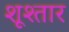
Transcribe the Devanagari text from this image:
शूश्तार